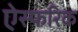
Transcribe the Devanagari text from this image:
ऐस्फरिक